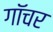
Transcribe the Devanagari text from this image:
गॉचर